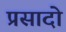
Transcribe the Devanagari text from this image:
प्रसादो